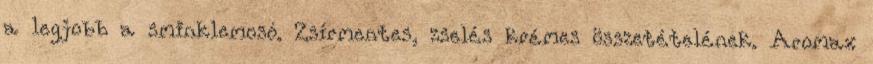
a legjobb a sminklemosó. Zsírmentes, zselés krémes összetételének. Aromax